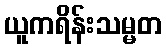
ယူကရိန်းသမ္မတ